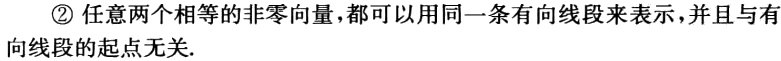
\textcircled{2} 任意两个相等的非零向量，都可以用同一条有向线段来表示，并且与有向线段的起点无关.